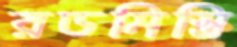
রডমিস্ত্রি